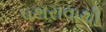
પથરાવાથી